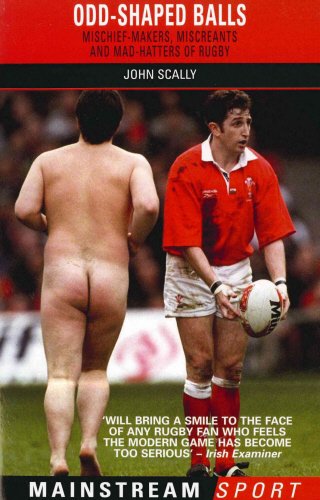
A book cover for Odd-Shaped Balls: Mischief-Makers, Miscreants and Mad-Hatters of Rugby (Mainstream Sport); John Scally; Sports & Outdoors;